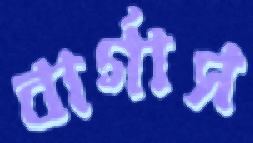
বার্গাস